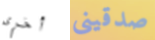
أخرى صدقينى